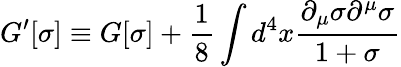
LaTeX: G^{\prime}[\sigma]\equiv G[\sigma]+\frac{1}{8}\int d^{4}x\frac{\partial_{\mu}\sigma\partial^{\mu}\sigma}{1+\sigma}